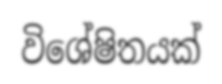
විශේෂිතයක්